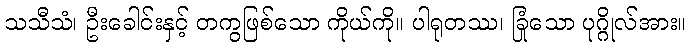
သသီသံ၊ ဦးခေါင်းနှင့် တကွဖြစ်သော ကိုယ်ကို။ ပါရုတဿ၊ ခြုံသော ပုဂ္ဂိုလ်အား။